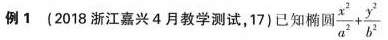
例1（2018浙江嘉兴4月教学测试，17）已知椭圆$$\frac { x ^ { 2 } } { a ^ { 2 } } + \frac {y ^ { 2 } } { b ^ { 2 } }